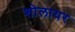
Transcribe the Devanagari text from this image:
शोलायर